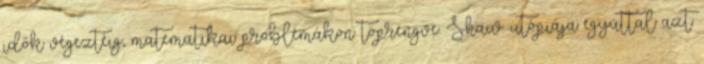
idők végeztéig, matematikai problémákon töprengve. Shaw utópiája egyúttal azt